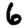
Digit: 6